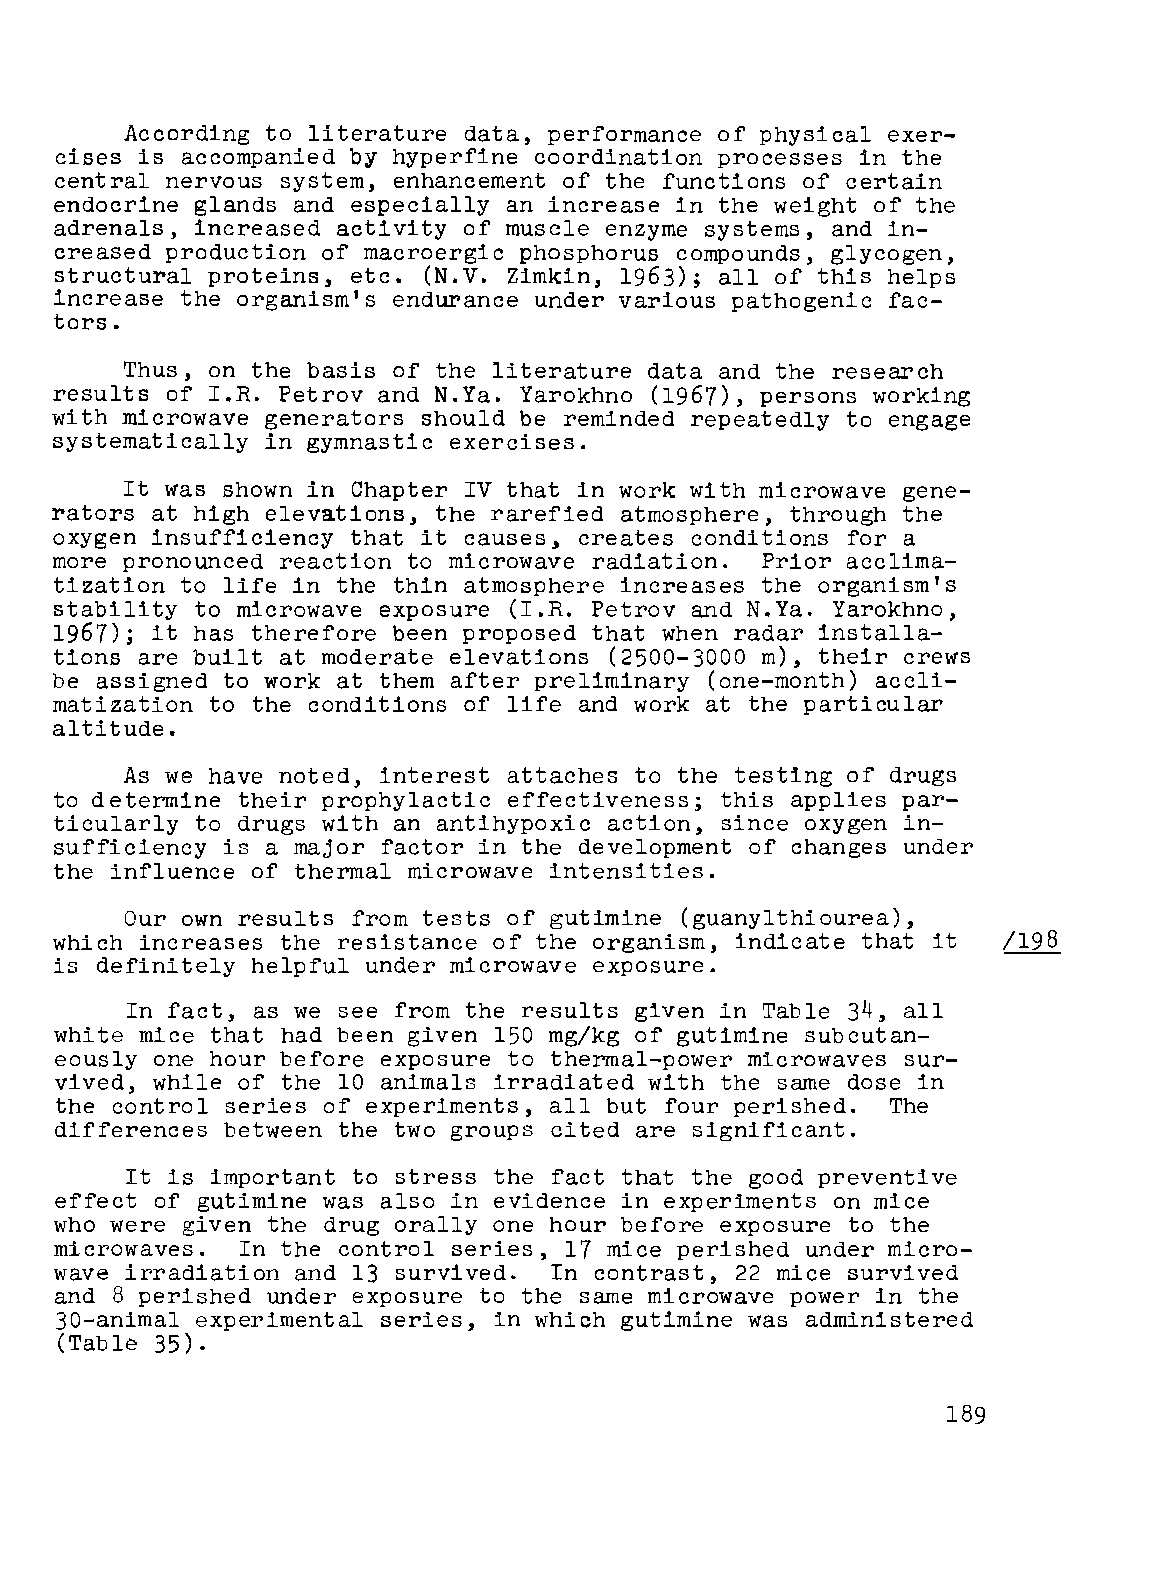
According to literature data, performance of physical exer
 cises is accompanied by hyperfine coordination processes in the
 central nervous system, enhancement of the functions of certain
 endocrine glands and especially an increase in the weight of the
 adrenals, increased activity of muscle enzyme systems, and in
 creased production of macroergic phosphorus compounds, glycogen,
 structural proteins, etc. (N.V. Zimkin, 1963); all of this helps
 increase the organism's endurance under various pathogenic fac
 tors.
 Thus, on the basis of the literature data and the research
 results of I.R. Petrov and N.Ya. Yarokhno (1967), persons working
 with microwave generators should be reminded repeatedly to engage
 systematically in gymnastic exercises.
 It was shown in Chapter IV that in work with microwave gene
 rators at high elevations, the rarefied atmosphere, through the
 oxygen insufficiency that it causes, creates conditions for a
 more pronounced reaction to microwave radiation. Prior acclima
 tization to life in the thin atmosphere increases the organism's
 stability to microwave exposure (I.R. Petrov and N.Ya. Yarokhno,
 1967); it has therefore been proposed that when radar installa
 tions are built at moderate elevations (2500-3000 m), their crews
 be assigned to work at them after preliminary (one-month) accli
 matization to the conditions of life and work at the particular
 altitude.
 As we have noted, interest attaches to the testing of drugs
 to determine their prophylactic effectiveness; this applies par
 ticularly to drugs with an antihypoxic action, since oxygen in
 sufficiency is a major factor in the development of changes under
 the influence of thermal microwave intensities.
 Our own results from tests of gutimine (guanylthiourea),
 which increases the resistance of the organism, indicate that it
 is definitely helpful under microwave exposure.
 In fact, as we see from the results given in Table 34, all
 white mice that had been given 150 mg/kg of gutimine subcutan
 eously one hour before exposure to thermal-power microwaves sur
 vived, while of the 10 animals irradiated with the same dose in
 the control series of experiments, all but four perished. The
 differences between the two groups cited are Significant.
 It is important to stress the fact that the good preventive
 effect of gutimine was also in evidence in experiments on mice
 who were given the drug orally one hour before exposure to the
 microwaves. In the control series, 17 mice perished under micro
 wave irradiation and 13 survived. In contrast, 22 mice survived
 and 8 perished under exposure to the same microwave power in the
 30-animal experimental series, in which gut imine was administered
 (Table 35).
 189